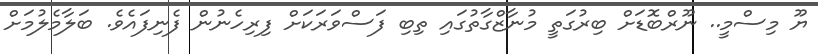
ޔޫ މިސްމީ.. ނޫރްބޮޑަށް ބިރުގަތީ މުނާޒްގާތުގައި ތިބި ފަސްވަރަކަށް ފިރިހެނުން ފެނިފައެވެ. ބަލާމެލުމަށް